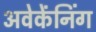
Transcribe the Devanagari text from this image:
अवेकेंनिंग